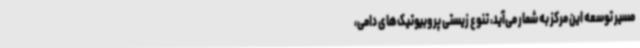
مسیر توسعه این مرکز به شمار می‌آید، تنوع زیستی پروبیوتیک‌های دامی،